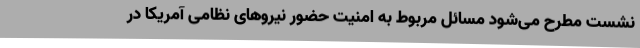
نشست مطرح می‌شود مسائل مربوط به امنیت حضور نیروهای نظامی آمریکا در